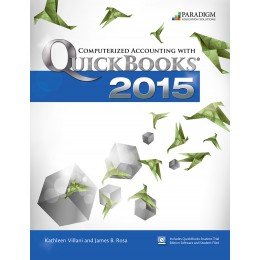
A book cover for Computerized Accounting with Quickbooks 2015: Text with Student Eresources and 140-Day Trial; Kathleen Villiani; Computers & Technology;